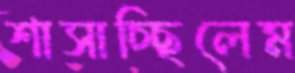
শাসাচ্ছিলেম